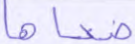
ضحاها